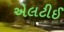
એલટીઈ